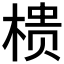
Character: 𭫀